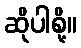
ဆိုပါစို့။